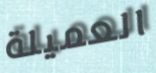
العميلة